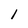
Character: 1